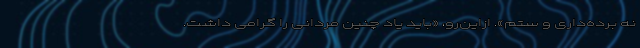
نه برده‌داری و ستم». ازاین‌رو، «باید یاد چنین مردانی را گرامی داشت.